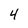
Character: 4